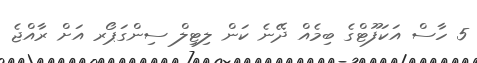
5 ހާސް އަކަފޫޓްގެ ބިމެއް ދޭނެ ކަން ލިޓިލް ސިންގަޕޯރ އަށް ރާއްޖެ